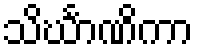
သိင်္ဃာဏိကာ